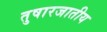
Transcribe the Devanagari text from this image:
तुषारजातीय